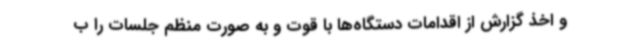
و اخذ گزارش از اقدامات دستگاه‌ها با قوت و به صورت منظم جلسات را ب